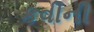
કવીની